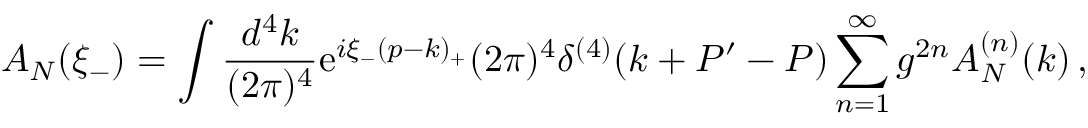
{ \cal A } _ { N } ( \xi _ { - } ) = \int \frac { d ^ { 4 } k } { ( 2 \pi ) ^ { 4 } } \mathrm { e } ^ { i \xi _ { - } ( p - k ) _ { + } } ( 2 \pi ) ^ { 4 } \delta ^ { ( 4 ) } ( k + P ^ { \prime } - P ) \sum _ { n = 1 } ^ { \infty } g ^ { 2 n } A _ { N } ^ { ( n ) } ( k ) \, ,